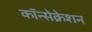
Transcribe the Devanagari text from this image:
कॉन्सेक्रेशन